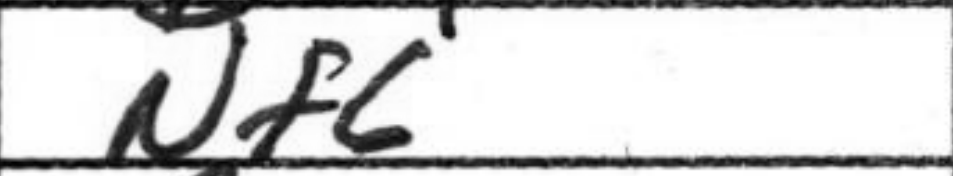
Transcription: Nf6